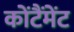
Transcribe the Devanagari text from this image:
कोंटैंमेंट